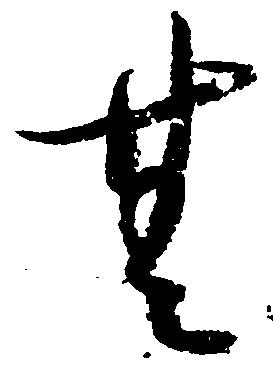
無